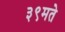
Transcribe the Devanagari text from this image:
३९मते